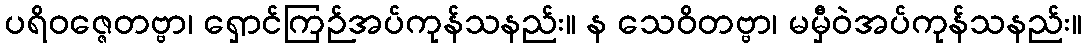
ပရိဝဇ္ဇေတဗ္ဗာ၊ ရှောင်ကြဉ်အပ်ကုန်သနည်း။ န သေဝိတဗ္ဗာ၊ မမှီဝဲအပ်ကုန်သနည်း။